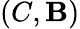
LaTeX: (C,\mathbf{B})